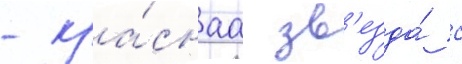
- кра́снаа зв'езда́ с